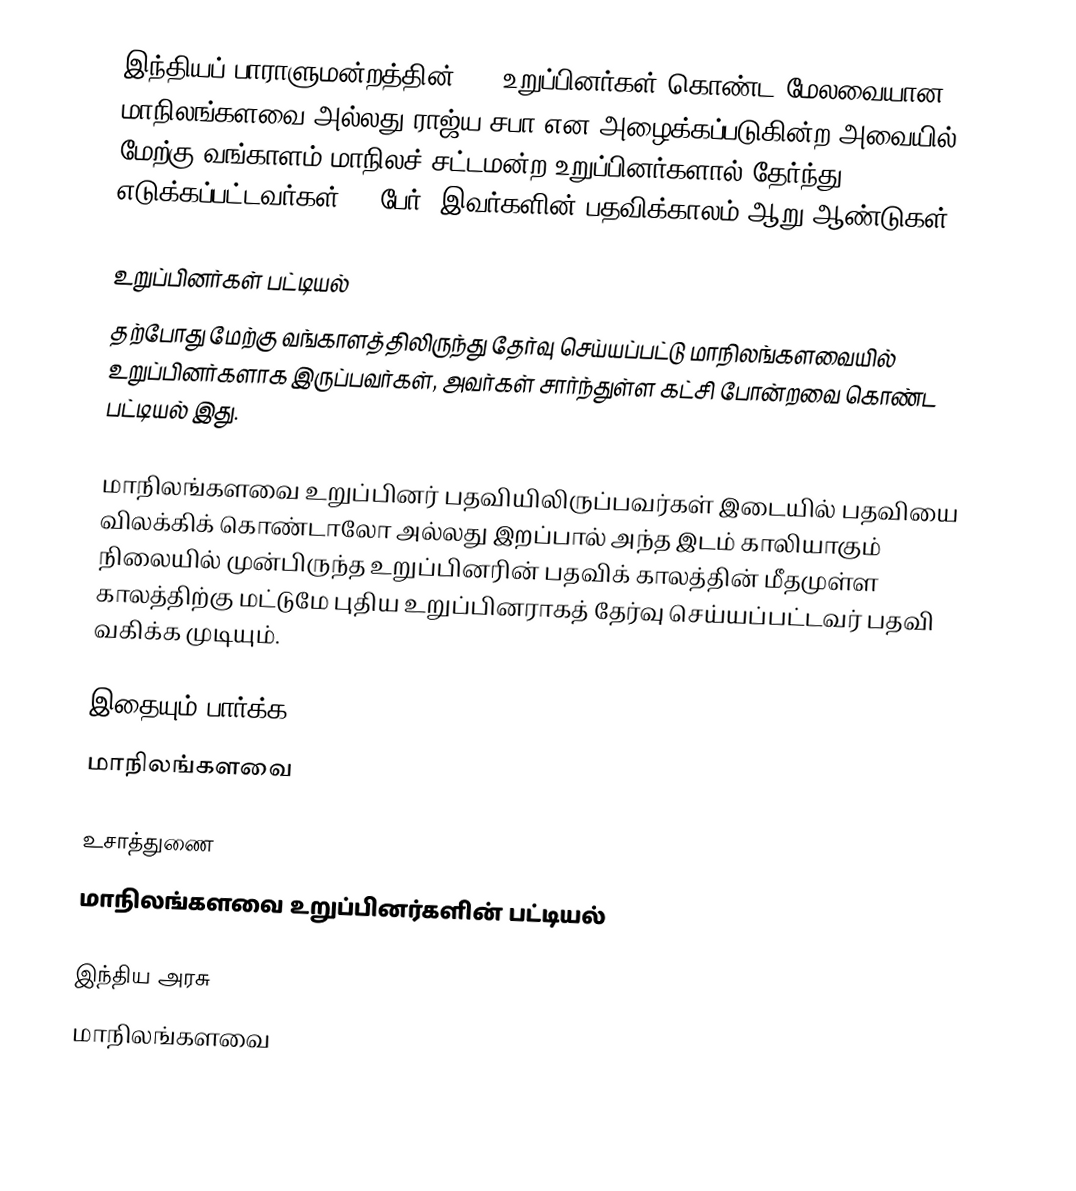
இந்தியப் பாராளுமன்றத்தின் 245 உறுப்பினர்கள் கொண்ட மேலவையான மாநிலங்களவை அல்லது ராஜ்ய சபா  என அழைக்கப்படுகின்ற அவையில் மேற்கு வங்காளம் மாநிலச் சட்டமன்ற உறுப்பினர்களால் தேர்ந்து எடுக்கப்பட்டவர்கள் 16 பேர். இவர்களின் பதவிக்காலம் ஆறு ஆண்டுகள்.

உறுப்பினர்கள் பட்டியல்
தற்போது மேற்கு வங்காளத்திலிருந்து தேர்வு செய்யப்பட்டு மாநிலங்களவையில் உறுப்பினர்களாக இருப்பவர்கள், அவர்கள் சார்ந்துள்ள கட்சி போன்றவை கொண்ட பட்டியல் இது.

 மாநிலங்களவை உறுப்பினர் பதவியிலிருப்பவர்கள் இடையில் பதவியை விலக்கிக் கொண்டாலோ அல்லது இறப்பால் அந்த இடம் காலியாகும் நிலையில் முன்பிருந்த உறுப்பினரின் பதவிக் காலத்தின் மீதமுள்ள காலத்திற்கு மட்டுமே புதிய உறுப்பினராகத் தேர்வு செய்யப்பட்டவர் பதவி வகிக்க முடியும்.

இதையும் பார்க்க
மாநிலங்களவை

உசாத்துணை
 மாநிலங்களவை உறுப்பினர்களின் பட்டியல்

இந்திய அரசு
மாநிலங்களவை